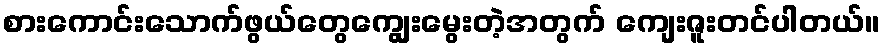
စားကောင်းသောက်ဖွယ်တွေကျွေးမွေးတဲ့အတွက် ကျေးဇူးတင်ပါတယ်။